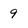
Character: 9